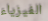
الفيزياء